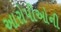
આરોપીઓની